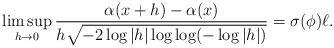
LaTeX: \begin{align*}\limsup_{h\rightarrow 0} \frac{\alpha(x+h)-\alpha(x)}{ h\sqrt{-2\log |h| \log \log (-\log |h|) }} = \sigma(\phi)\ell .\end{align*}